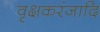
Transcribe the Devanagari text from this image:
वृक्षकरंजादि